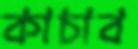
কাচাব